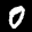
Label: 0